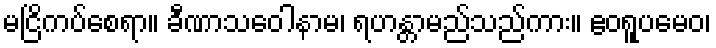
မငြိကပ်စေရာ။ ခီဏာသဝေါနာမ၊ ရဟန္တာမည်သည်ကား။ ဧဝရူပမေဝ၊